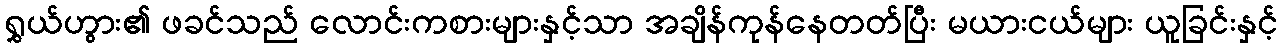
ရွှယ်ဟွား၏ ဖခင်သည် လောင်းကစားများနှင့်သာ အချိန်ကုန်နေတတ်ပြီး မယားငယ်များ ယူခြင်းနှင့်